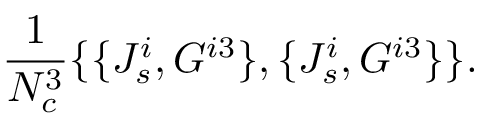
\frac { 1 } { N _ { c } ^ { 3 } } \{ \{ J _ { s } ^ { i } , G ^ { i 3 } \} , \{ J _ { s } ^ { i } , G ^ { i 3 } \} \} .